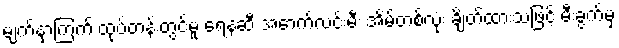
မျက်နှာကြက် ထုပ်တန်းတွင်မူ ရေနံဆီ အောက်လင်းမီး အိမ်တစ်လုံး ချိတ်ထားသဖြင့် မီးခွက်မှ